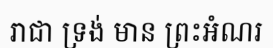
រាជា ទ្រង់ មាន ព្រះអំណរ